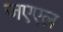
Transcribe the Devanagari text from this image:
जएएल